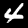
Digit: 4